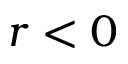
r < 0